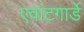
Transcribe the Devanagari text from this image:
एवांटगार्डे